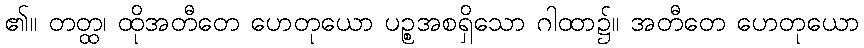
၏။ တတ္ထ၊ ထိုအတီတေ ဟေတုယော ပဉ္စအစရှိသော ဂါထာ၌။ အတီတေ ဟေတုယော